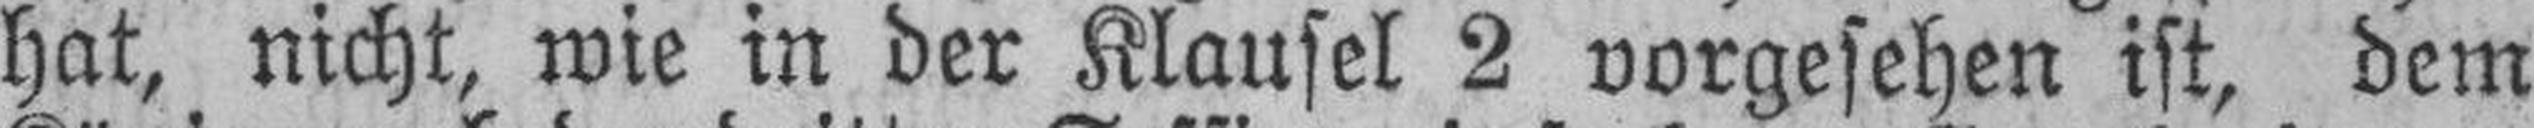
hat, nicht, wie in der Klausel 2 vorgesehen ist, dem